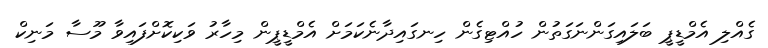
ގެއްލި އެމްޑީޕީ ބަލައިގަންނަގަތުން ހުއްޓިގެން ހިނގައިދާނެކަމަށް އެމްޑީޕީން މިހާރު ވަކިކޮށްފައިވާ މޫސާ މަނިކް